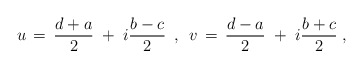
\begin{align*}u \,=\, \frac{d+a}{2}\;+\; i\frac{b-c}{2} \hspace{.2cm},\hspace{.2cm}v \,=\, \frac{d-a}{2}\;+\; i\frac{b+c}{2} \; ,\end{align*}